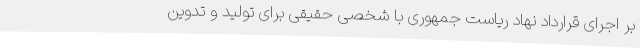
بر اجرای قرارداد نهاد ریاست جمهوری با شخصی حقیقی برای تولید و تدوین